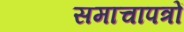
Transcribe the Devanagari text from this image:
समाचापत्रों